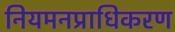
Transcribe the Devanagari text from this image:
नियमनप्राधिकरण